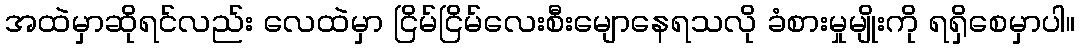
အထဲမှာဆိုရင်လည်း လေထဲမှာ ငြိမ်ငြိမ်လေးစီးမျောနေရသလို ခံစားမှုမျိုးကို ရရှိစေမှာပါ။